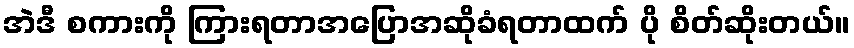
အဲဒီ စကားကို ကြားရတာအပြောအဆိုခံရတာထက် ပို စိတ်ဆိုးတယ်။